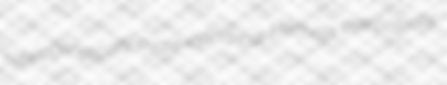
hypnogenetically ovate-cylindrical Mitchells overpotently